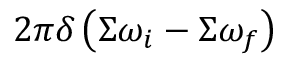
2 \pi \delta \left( \Sigma \omega _ { i } - \Sigma \omega _ { f } \right)